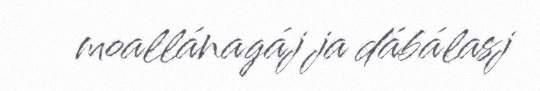
moallánagáj ja dábálasj